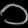
Digit: ၁